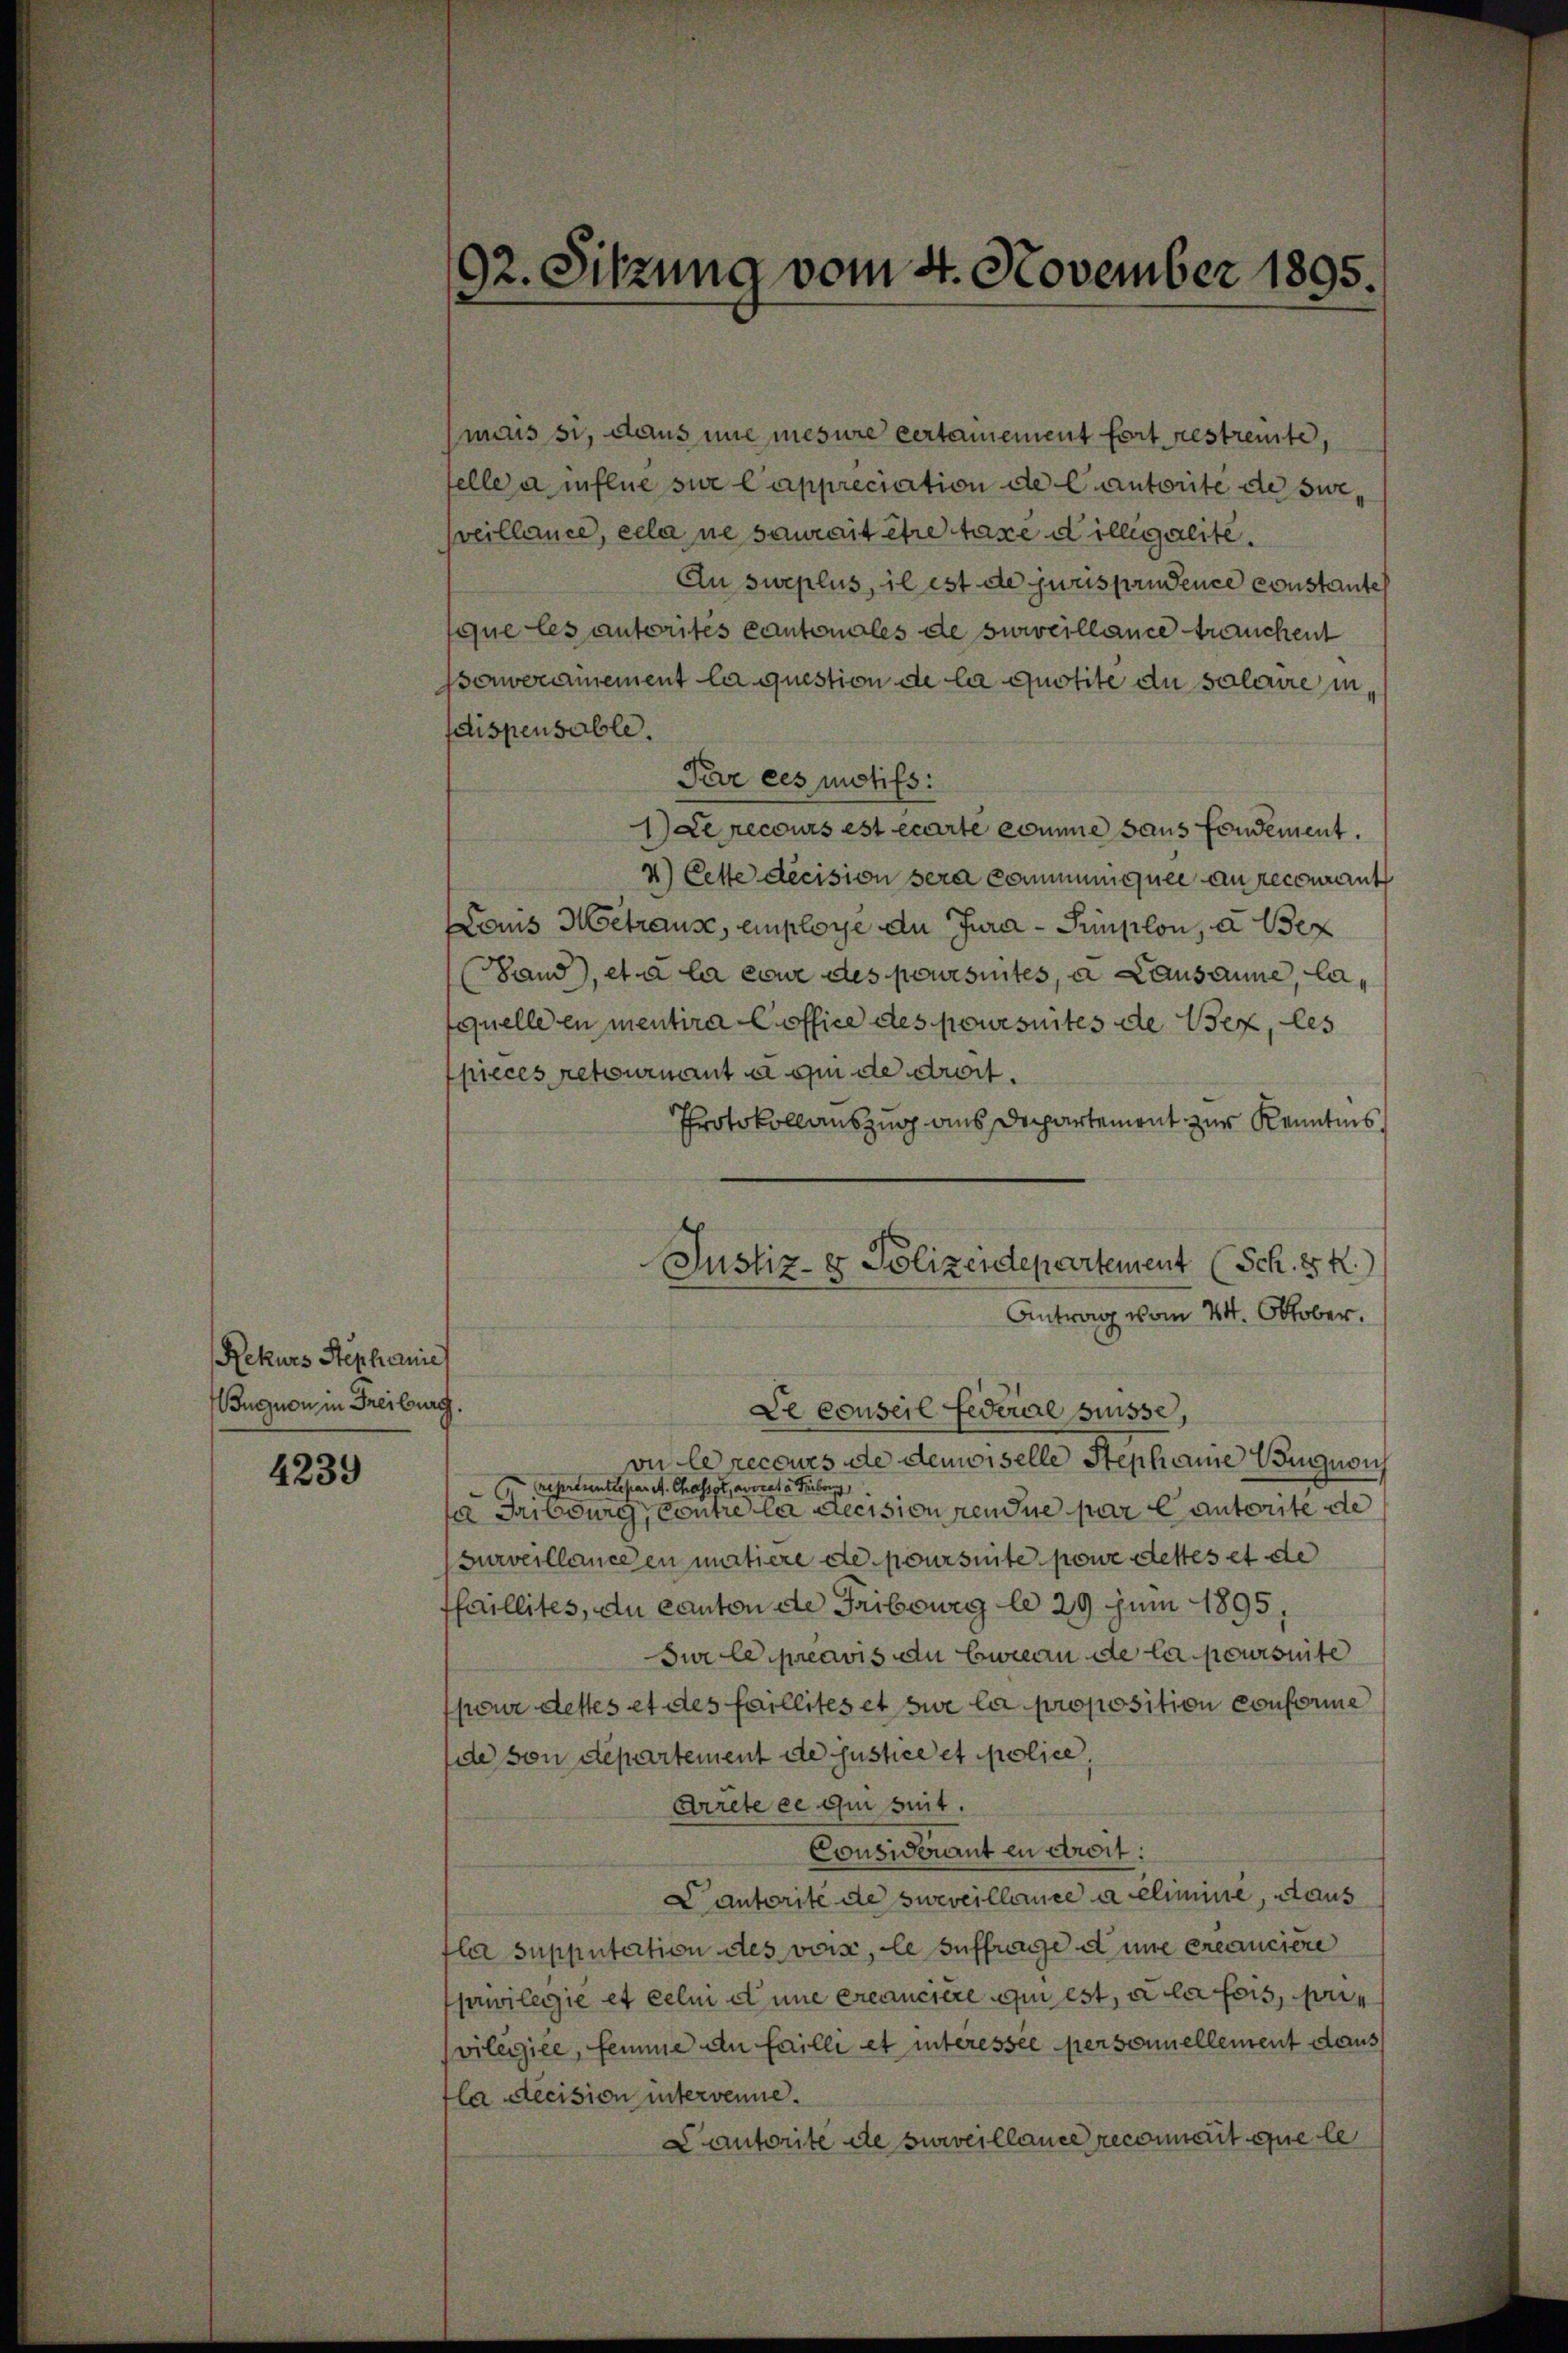
Rekurs Stephanies
ugnon, in Freiburg.

4239

92. Sitzung vom 4. November 1895.

mais si, dans nie mesure certainement fort restreite,
felle a influe sue Cappreciation de Cantorite de sie,
pveillance, cela ne saurait être taxe d illegalite.
Au surplus, il est de jurisprudence constante
que les autorités cantonales de surveillance träuchent
pserwerdmement la question de la quotite du solorire in
dispensable.
Par ces motifs:
1) de recours est écarte komme saus fondement.
4) Cette decision sera communiquée au recourant
Loms Metrause, employe du Jura - Simplon, a. Bez
Sand), et à la eine des poursuites, a Lausanne, laquelle en mentire office des poursuites de sex, les
pieces retournant a eu de droit.
Protokollauszug aus Departement zur Kenntnis
Le conseil Federal Suisse,
on le recours de demoiselle Stephane Ungesich
représentrepar A. Chasset, avocata Trüberg,
e
a Fribourg, Contre la decision nenne par Cantorite de
Surveillance en matiere de poursuite powe dettes et de
ffaillites, du canton de Fribourg le 29 Juni 1895,
Sur le préavis au bureau de la poursuite
pour destes et des faillites et sie la proposition conforme
ide von departement de justice et police,
Arrete ce qui seit.
Considérant en droit:
Cantorité de surveillence a elimine, daus
fla supputation des vons, le suffrage eine créanciere
prwilegie et celm d une créanciere qui est, a la fois, privilégiée, femme den faille et interessée personnellement daus
fla decision untervenne.
Cautorite de surveillance reconnait que le

Justiz- & Polizeidepartement (Sch. 8 K
Antrag vom 24. Oktober.